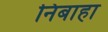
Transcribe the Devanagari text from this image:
निबाहा